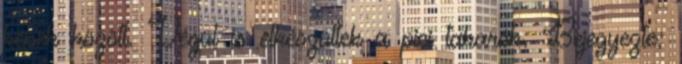
képek között. Végül is elkészültek a pici takarók. Bejegyezte: